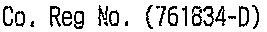
CO. REG NO. (761834-D)